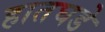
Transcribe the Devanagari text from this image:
हातघडे